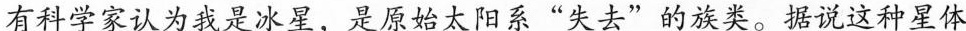
有科学家认为我是冰星，是原始太阳系“失去”的族类。据说这种星体